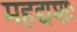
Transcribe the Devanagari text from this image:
महद्यशः